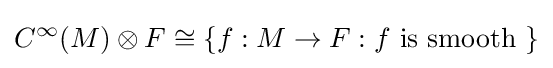
C^{\infty }(M)\otimes F\cong \{f:M\to F:f{\text{ is smooth }}\}